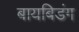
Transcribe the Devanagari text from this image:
बायबिडंग